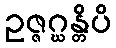
ဥဇ္ဇဂ္ဃန္တိပိ